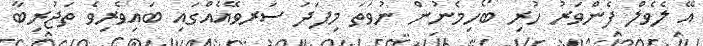
އޭ ލެވެލް ފެންވަރު ހުރި ބޯހިމެނުން ނުވަތަ މިފަދަ ސަރވޭއެއްގައި ބައިވެރިވެ ތަޖުރިބާ